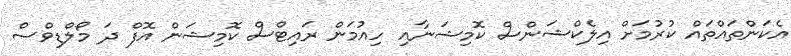
އެކަންތައްތައް ކުރުމަށް އިލެކްޝަންސް ކޮމިޝަނާއި ހިއުމަން ރައިޓްސް ކޮމިޝަން އޮފް ދަ މޯލްޑިވްސް